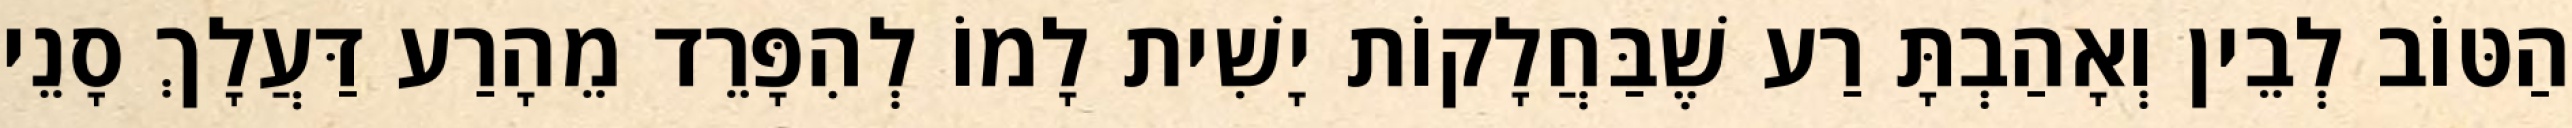
הַטּוֹב לְבֵין וְאָהַבְתָּ רַע שֶׁבַּחֲלָקוֹת יָשִׁית לָמוֹ לְהִפָּרֵד מֵהָרַע דַּעֲלָךְ סָנֵי